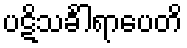
ပဋိသင်္ခါရာပေတိ